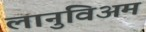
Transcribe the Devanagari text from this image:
लानुविअम